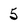
Character: 5